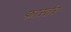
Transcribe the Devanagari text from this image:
फार्स्तर